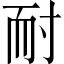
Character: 耐